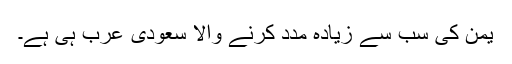
یمن کى سب سے زیاده مدد کرنے والا سعودى عرب ہى ہے۔